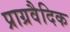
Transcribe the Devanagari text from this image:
प्राग्रवैदिक